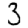
Digit: 3